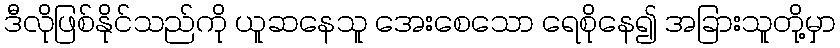
ဒီလိုဖြစ်နိုင်သည်ကို ယူဆနေသူ အေးစေသော ရေစိုနေ၍ အခြားသူတို့မှာ